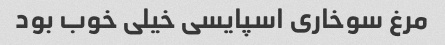
مرغ سوخاری اسپایسی خیلی خوب بود